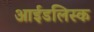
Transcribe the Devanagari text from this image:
आईडलिस्क